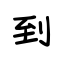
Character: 到